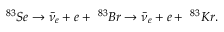
\textrm { } ^ { 8 3 } S e \rightarrow \bar { \nu } _ { e } + e + \textrm { } ^ { 8 3 } B r \rightarrow \bar { \nu } _ { e } + e + \textrm { } ^ { 8 3 } K r .